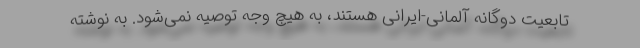
تابعیت دوگانه آلمانی-ایرانی هستند، به هیچ وجه توصیه نمی‌شود. به نوشته